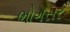
ભોગસર